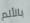
بالألم